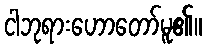
ငါဘုရားဟောတော်မူ၏။